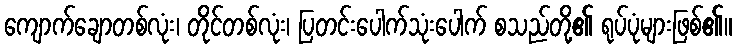
ကျောက်ချောတစ်လုံး၊ တိုင်တစ်လုံး၊ ပြတင်းပေါက်သုံးပေါက် စသည်တို့၏ ရုပ်ပုံများဖြစ်၏။